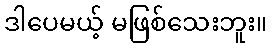
ဒါပေမယ့် မဖြစ်သေးဘူး။